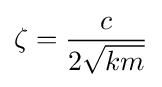
\zeta ={c \over 2{\sqrt {km}}}